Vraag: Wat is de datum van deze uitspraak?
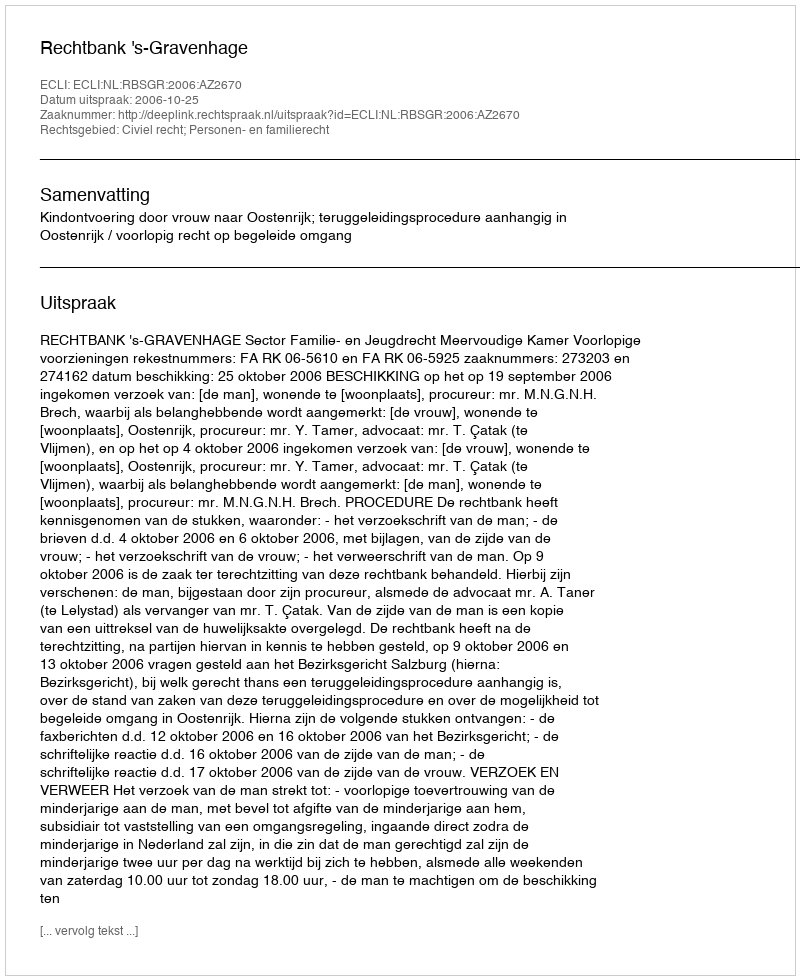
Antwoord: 2006-10-25